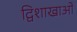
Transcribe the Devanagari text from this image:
द्विशाखाओं